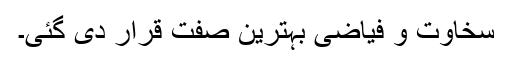
سخاوت و فیاضی بہترین صفت قرار دی گئی۔